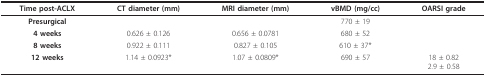
| Time post-ACLX | CT diameter (mm) | MRI diameter (mm) | vBMD (mg/cc) | OARSI grade |
 | --- | --- | --- | --- | --- |
 | Presurgical |  |  | 770 ± 19 |  |
 | 4 weeks | 0.626 ± 0.126 | 0.656 ± 0.0781 | 680 ± 52 |  |
 | 8 weeks | 0.922 ± 0.111 | 0.827 ± 0.105 | 610 ± 37* |  |
 | 12 weeks | 1.14 ± 0.0923* | 1.07 ± 0.0809* | 690 ± 57 | 18 ± 0.822.9 ± 0.58 |